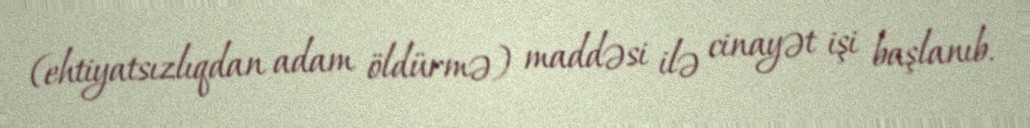
(ehtiyatsızlıqdan adam öldürmə) maddəsi ilə cinayət işi başlanıb.